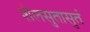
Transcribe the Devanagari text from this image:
शैलसुतासुतं